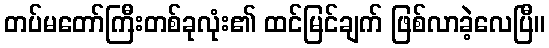
တပ်မတော်ကြီးတစ်ခုလုံး၏ ထင်မြင်ချက် ဖြစ်လာခဲ့လေပြီ။